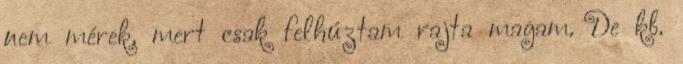
nem mérek, mert csak felhúztam rajta magam. De kb.